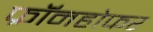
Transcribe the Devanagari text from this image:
फ्रॉनहोफर